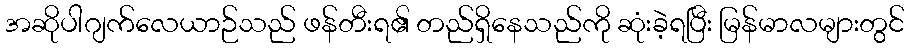
အဆိုပါဂျက်လေယာဉ်သည် ဖန်တီးရ၏ တည်ရှိနေသည်ကို ဆုံးခဲ့ရပြီး မြန်မာလများတွင်